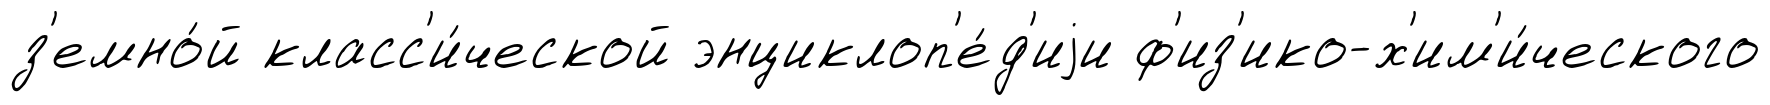
з'емно́й класс'и́ческой энциклоп'е́д'иjи ф'из'ико-х'им'и́ческого